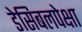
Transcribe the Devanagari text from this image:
डेसिबलपेक्षा